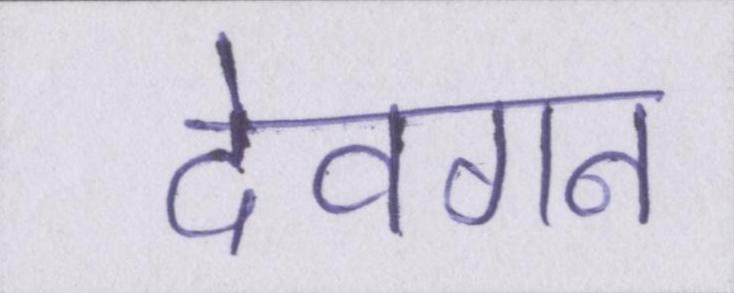
देवगन